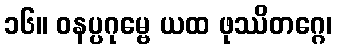
၁၆။ ဝနပ္ပဂုမ္ဗေ ယထ ဖုဿိတဂ္ဂေ၊